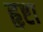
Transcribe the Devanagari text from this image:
हृष्टा